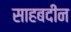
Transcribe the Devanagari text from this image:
साहबदीन